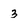
Character: 3